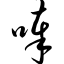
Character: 唪